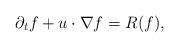
LaTeX: \begin{align*} \partial_t f+u\cdot\nabla f = R(f),\end{align*}